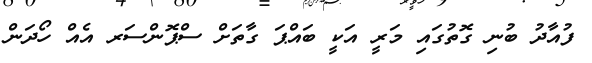
ފުއާދު ބުނި ގޮތުގައި މަރީ އަކީ ބައްޕަ ގާތަށް ސްޕޮންސަރ އެއް ހޯދަން